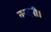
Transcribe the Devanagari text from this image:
नन्दनी।